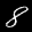
Label: 8